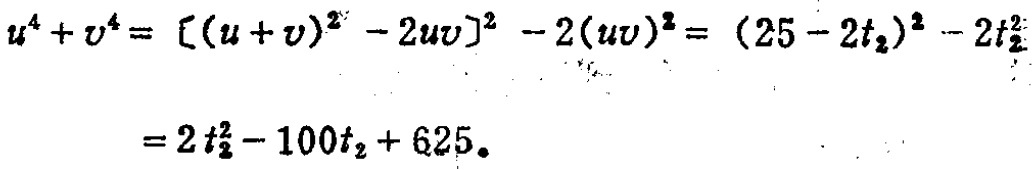
\[

\begin{align*}

u^{4}+v^{4}&=[(u + v)^{2}-2uv]^{2}-2(uv)^{2}=(25 - 2t_{2})^{2}-2t_{2}^{2}\\

&=2t_{2}^{2}-100t_{2}+625

\end{align*}

\]